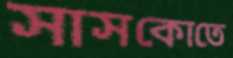
সাসকোতে